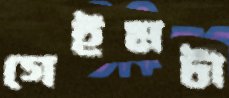
গেইমটা